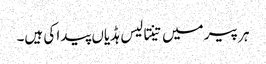
ہر پیر میں تینتالیس ہڈیاں پیدا کی ہیں۔